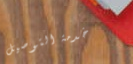
خدمة التوصيل